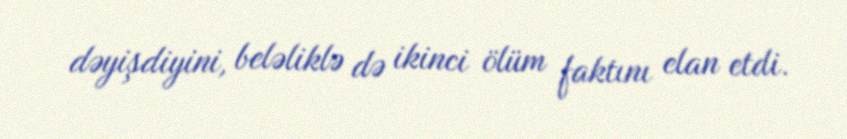
dəyişdiyini, beləliklə də ikinci ölüm faktını elan etdi.